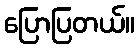
ပြောပြတယ်။